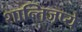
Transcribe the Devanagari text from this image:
शान्तिजप्ये